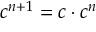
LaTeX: c ^ { n + 1 } = c \cdot c ^ { n }